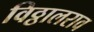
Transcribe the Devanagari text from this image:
विठ्ठालराव